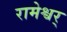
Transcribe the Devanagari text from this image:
रामेश्वर्